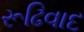
રૂઢિવાદ